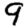
Digit: 9